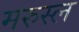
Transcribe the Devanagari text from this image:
मरुस्ल